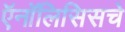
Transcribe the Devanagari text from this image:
ऍनॉलिसिसचे